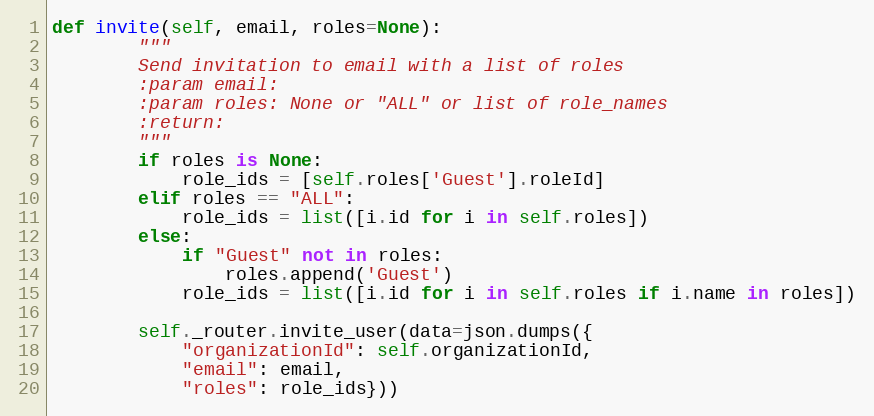
Language: Python
def invite(self, email, roles=None):
        """
        Send invitation to email with a list of roles
        :param email:
        :param roles: None or "ALL" or list of role_names
        :return:
        """
        if roles is None:
            role_ids = [self.roles['Guest'].roleId]
        elif roles == "ALL":
            role_ids = list([i.id for i in self.roles])
        else:
            if "Guest" not in roles:
                roles.append('Guest')
            role_ids = list([i.id for i in self.roles if i.name in roles])

        self._router.invite_user(data=json.dumps({
            "organizationId": self.organizationId,
            "email": email,
            "roles": role_ids}))